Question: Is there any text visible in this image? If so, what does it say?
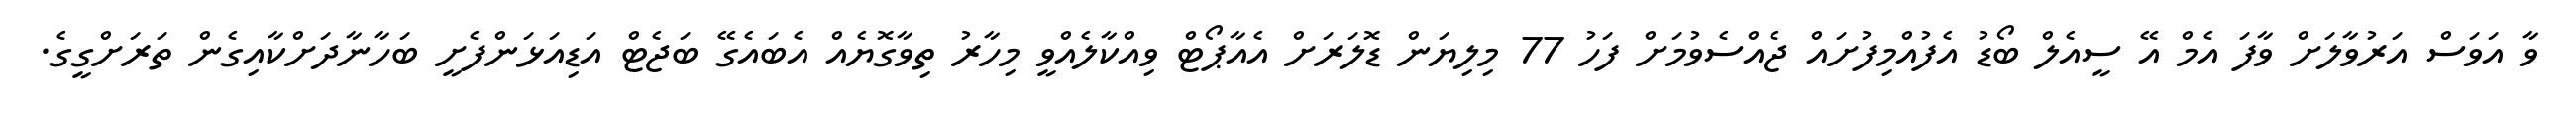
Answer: ވާ އަވަސް އަރުވާލަށް ވާފަ އެމް އޭ ސީއެލް ބޯޑު އެފުއްމިފުށައް ޖެއްސެވުމަށް ފަހު 77 މިލިޔަން ޑޮލަރަށް އެއާޕޯޓް ވިއްކާލެއްވީ މިހާރު ތިވާގޮޔެއް އެބައެގޭ ބަޖެޓް އަޑިއަޅަންފެށީ ބަހާނާދަށްކާއިގެން ތަރަށްގީގެ.